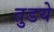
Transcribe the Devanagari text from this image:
तुडये